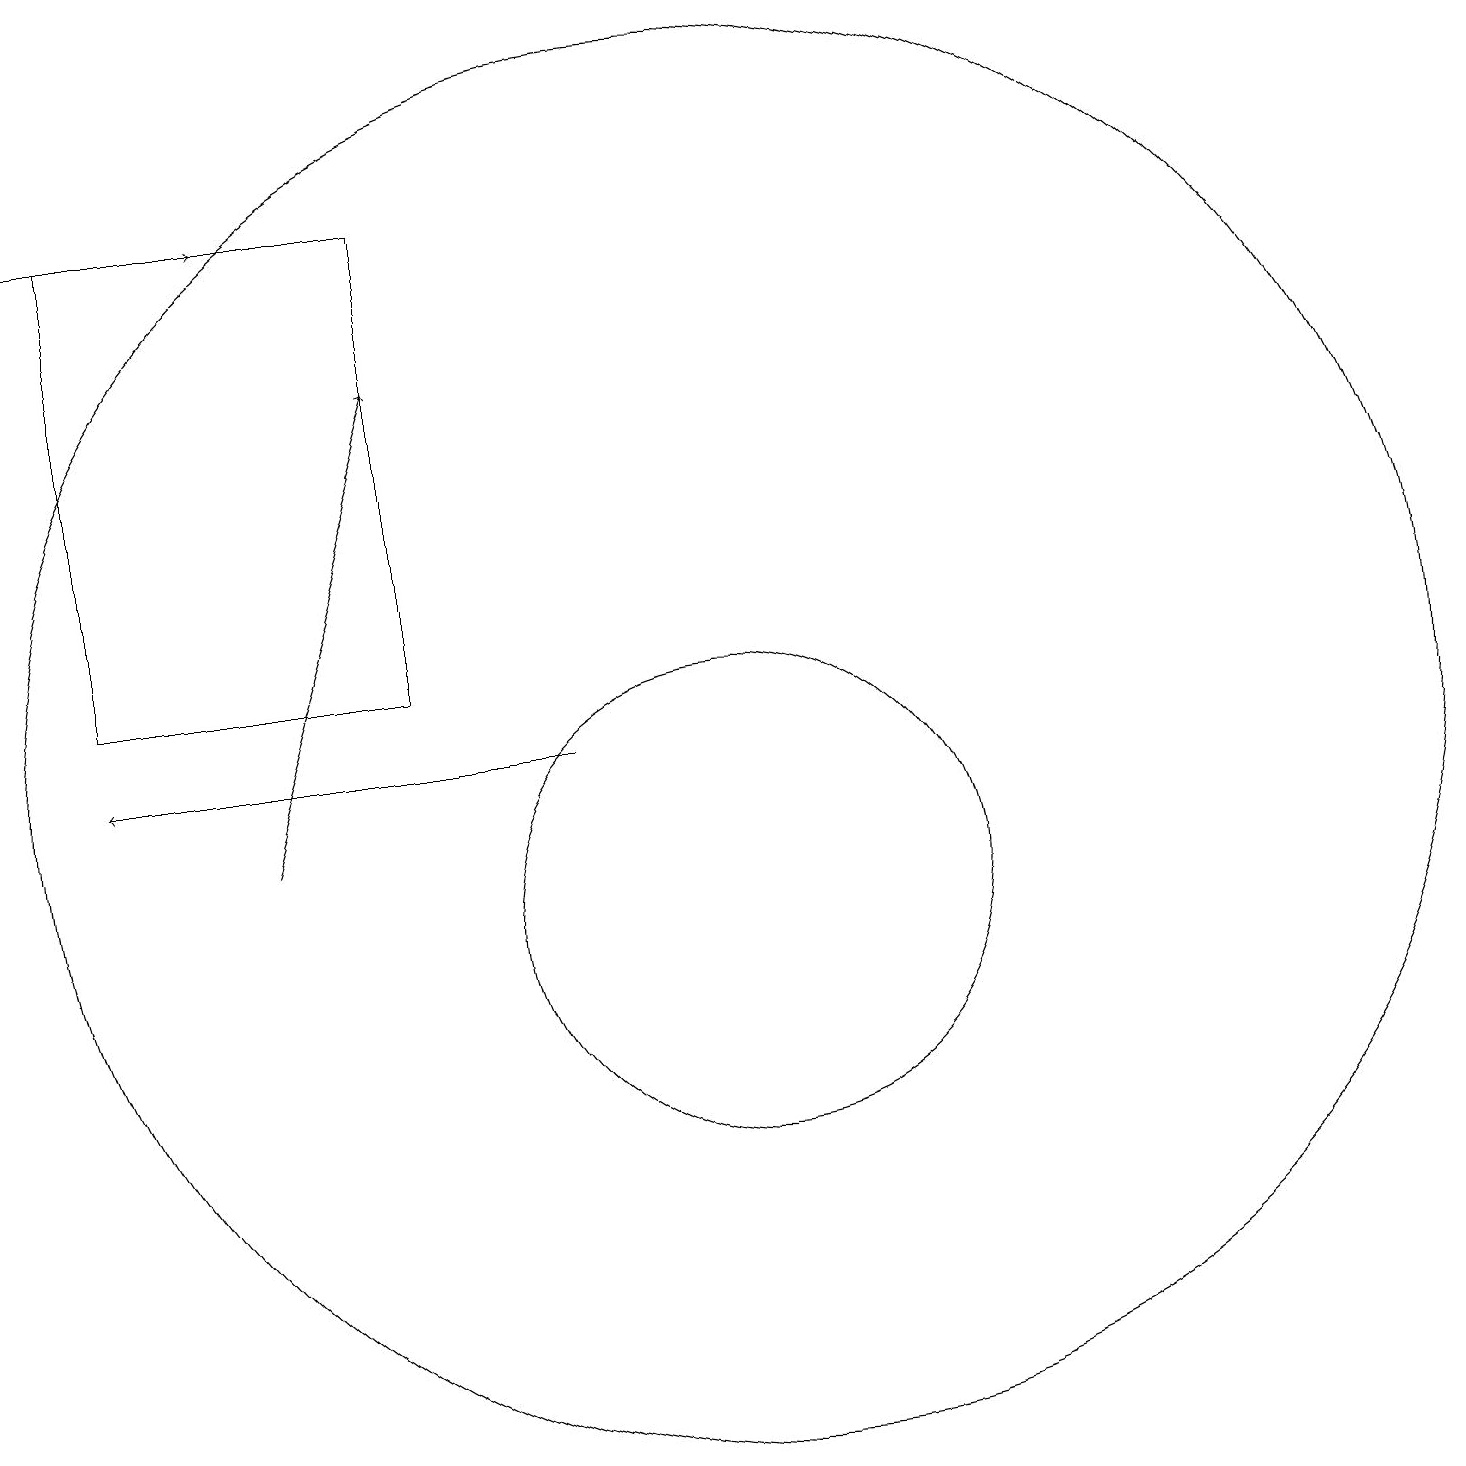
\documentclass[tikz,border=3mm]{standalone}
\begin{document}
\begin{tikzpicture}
\draw (7,19) rectangle (3,13);
\draw (11,12) circle (9);
\draw (11,10) circle (3);
\draw[->] (2,19) -- (5,19);
\draw[->] (9,12) -- (3,12);
\draw[->] (5,11) -- (7,17);
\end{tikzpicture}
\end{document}